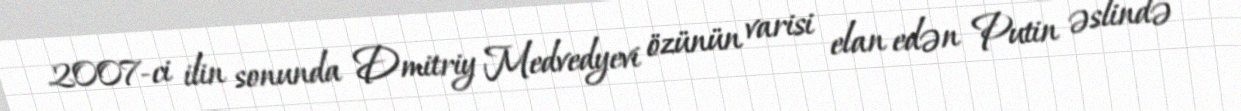
2007-ci ilin sonunda Dmitriy Medvedyevi özünün varisi elan edən Putin əslində